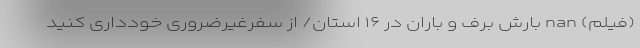
(فیلم) nan بارش برف و باران در ۱۶ استان/ از سفرغیرضروری خودداری کنید